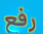
رفع